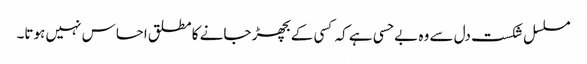
مسلسل شکست دل سے وہ بے حسی ہے کہ کسی کے بچھڑ جانے کا مطلق احساس نہیں ہوتا۔